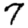
Digit: 7